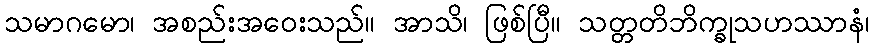
သမာဂမော၊ အစည်းအဝေးသည်။ အာသိ၊ ဖြစ်ပြီ။ သတ္တတိဘိက္ခုသဟဿာနံ၊